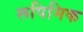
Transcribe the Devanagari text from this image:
रूपिमिक